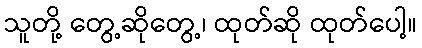
သူတို့ တွေ့ဆိုတွေ့၊ ထုတ်ဆို ထုတ်ပေါ့။